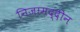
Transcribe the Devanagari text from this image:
निजाम़द्दीन